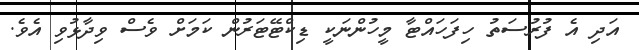
އަދި އެ ފުރުސަތު ހިފަހައްޓާ މީހުންނަކީ ޑިކްޓޭޓަރުން ކަމަށް ވެސް ވިދާޅުވި އެވެ.